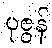
ပုဇွန်